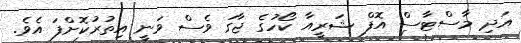
އަދި މާސްޓާސް އޮފް ޝަރީއާ ކޯހުގެ ޖާގަ ވެސް ވަނީ އިތުރުކޮށްފަ އެވެ.